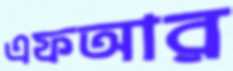
এফআর